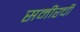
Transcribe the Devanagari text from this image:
समीरची